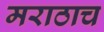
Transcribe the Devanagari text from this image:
मराठाच